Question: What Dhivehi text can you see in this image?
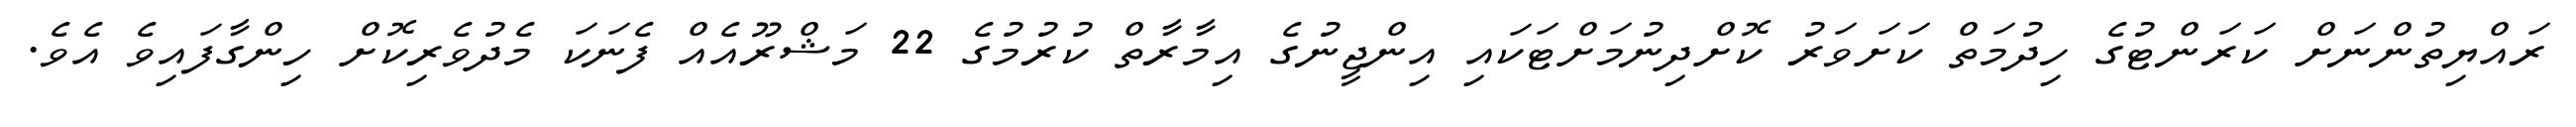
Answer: ރައްޔިތުންނަށް ކަރަންޓުގެ ހިދުމަތް ކަށަވަރު ކޮށްދިނުމަށްޓަކައި އިންޖީނުގެ އިމާރާތް ކުރުމުގެ 22 މަޝްރޫއެއް ފެނަކަ މެދުވެރިކޮށް ހިންގާފައިވެ އެވެ.